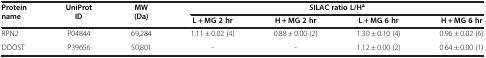
<table><thead><tr><td rowspan="2"><b>Protein name</b></td><td rowspan="2"><b>UniProt ID</b></td><td rowspan="2"><b>MW (Da)</b></td><td colspan="4"><b>SILAC ratio L/H<sup>a</sup></b></td></tr><tr><td><b>L + MG 2 hr</b></td><td><b>H + MG 2 hr</b></td><td><b>L + MG 6 hr</b></td><td><b>H + MG 6 hr</b></td></tr></thead><tbody><tr><td>RPN2</td><td>P04844</td><td>69,284</td><td>1.11 ± 0.02 (4)</td><td>0.88 ± 0.00 (2)</td><td>1.30 ± 0.10 (4)</td><td>0.96 ± 0.02 (6)</td></tr><tr><td>DDOST</td><td>P39656</td><td>50,801</td><td>-</td><td>-</td><td>1.12 ± 0.00 (2)</td><td>0.64 ± 0.00 (1)</td></tr></tbody></table>